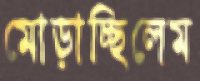
মোড়াচ্ছিলেম